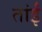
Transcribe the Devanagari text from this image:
तांईं